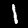
Label: 1